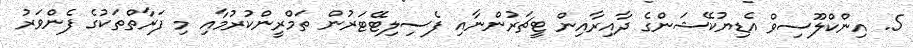
5. އިންކްލޫސިވް އެޑިޔުކޭޝަންގެ ދާއިރާއިން ޓީޗަރުންނާއި ފެސިލިޓޭޓަރުން ތަމްރީންކުރުމާއި މި ފަރާތްތަކުގެ ފެންވަރު